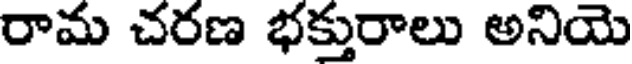
రామ చరణ భక్తురాలు అనియె